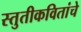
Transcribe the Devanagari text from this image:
स्तुतीकवितांचे